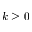
k \geq 0